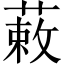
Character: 䔩